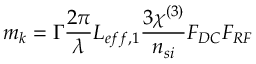
m _ { k } = \Gamma \frac { 2 \pi } { \lambda } L _ { e f f , 1 } \frac { 3 \chi ^ { ( 3 ) } } { n _ { s i } } F _ { D C } F _ { R F }